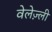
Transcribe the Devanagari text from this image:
वेलेज़्ली